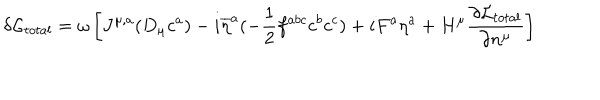
LaTeX: \delta { \cal L } _ { t o t a l } = \omega \left[ J ^ { \mu , a } ( D _ { \mu } c ^ { a } ) - i \overline { { { \eta } } } ^ { a } ( - { \frac { 1 } { 2 } } f ^ { a b c } c ^ { b } c ^ { c } ) + i F ^ { a } \eta ^ { a } + H ^ { \mu } { \frac { \partial { \cal L } _ { t o t a l } } { \partial n ^ { \mu } } } \right]